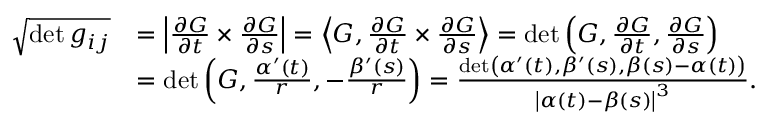
\begin{array} { r l } { \sqrt { \operatorname* { d e t } g _ { i j } } } & { = \left\vert \frac { \partial G } { \partial t } \times \frac { \partial G } { \partial s } \right\vert = \left\langle G , \frac { \partial G } { \partial t } \times \frac { \partial G } { \partial s } \right\rangle = \operatorname* { d e t } \left( G , \frac { \partial G } { \partial t } , \frac { \partial G } { \partial s } \right) } \\ & { = \operatorname* { d e t } \left( G , \frac { \alpha ^ { \prime } ( t ) } { r } , - \frac { \beta ^ { \prime } ( s ) } { r } \right) = \frac { \operatorname* { d e t } \left( \alpha ^ { \prime } ( t ) , \beta ^ { \prime } ( s ) , \beta ( s ) - \alpha ( t ) \right) } { \left\vert \alpha ( t ) - \beta ( s ) \right\vert ^ { 3 } } . } \end{array}